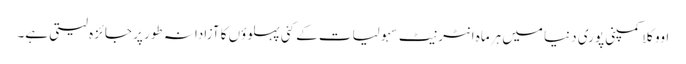
اووکلا کمپنی پوری دنیا میں ہرماہ انٹرنیٹ سہولیات کے کئی پہلوؤں کا آزادانہ طور پر جائزہ لیتی ہے۔